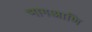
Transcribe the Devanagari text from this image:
भागआणि